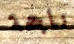
ناجحة